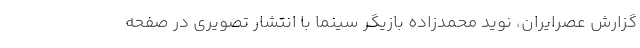
گزارش عصرایران، نوید محمدزاده بازیگر سینما با انتشار تصویری در صفحه